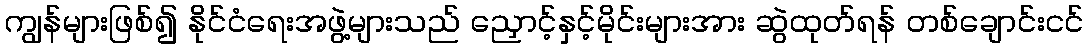
ကျွန်များဖြစ်၍ နိုင်ငံရေးအဖွဲ့များသည် ညှောင့်နှင့်မိုင်းများအား ဆွဲထုတ်ရန် တစ်ချောင်းငင်